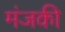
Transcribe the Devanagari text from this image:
मंजकी